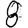
Digit: 8